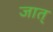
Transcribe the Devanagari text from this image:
जात्